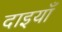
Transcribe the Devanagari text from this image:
दाइयाँ